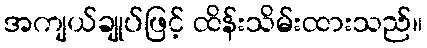
အကျယ်ချုပ်ဖြင့် ထိန်းသိမ်းထားသည်။